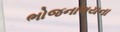
ભોજનાલયના